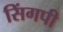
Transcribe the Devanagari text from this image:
सिंगपी